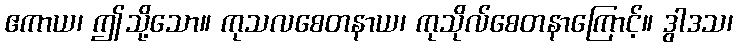
ဧကာယ၊ ဤသို့သော။ ကုသလစေတနာယ၊ ကုသိုလ်စေတနာကြောင့်။ ဒွါဒသ၊